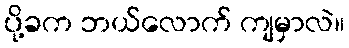
ပို့ခက ဘယ်လောက် ကျမှာလဲ။